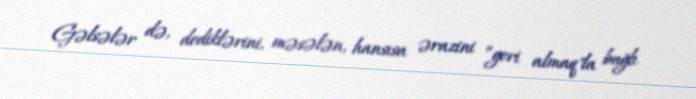
Gəlsələr də, dediklərini, məsələn, hansısa ərazini ”geri almaq"la bağlı